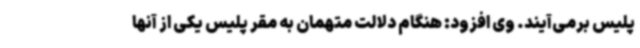
پلیس برمی‌آیند. وی افزود: هنگام دلالت متهمان به مقر پلیس یکی از آنها